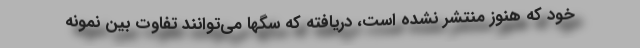
خود که هنوز منتشر نشده است، دریافته که سگها می‌توانند تفاوت بین نمونه